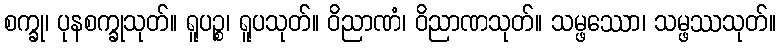
စက္ခု၊ ပုနစက္ခုသုတ်။ ရူပဉ္စ၊ ရူပသုတ်။ ဝိညာဏံ၊ ဝိညာဏသုတ်။ သမ္ဖဿော၊ သမ္ဖဿသုတ်။